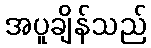
အပူချိန်သည်